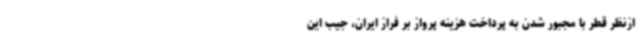
ازنظر قطر با مجبور شدن به پرداخت هزینه پرواز بر فراز ایران، جیب این